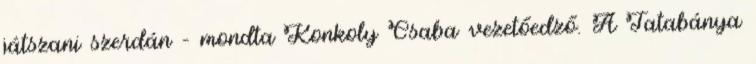
játszani szerdán – mondta Konkoly Csaba vezetőedző. A Tatabánya